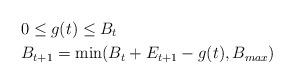
LaTeX: \begin{align*}& 0 \le g(t) \le B_t \\& B_{t+1} = \min(B_t + E_{t+1} -g( t) , B_{max}) \end{align*}